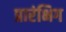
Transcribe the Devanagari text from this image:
प्रारंभिग